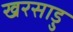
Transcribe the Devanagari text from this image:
खरसाड़ु